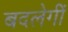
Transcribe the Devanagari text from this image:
बदलेगीं